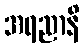
အရညာနိ